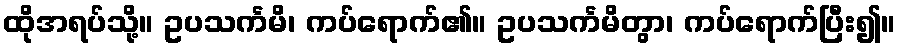
ထိုအရပ်သို့။ ဥပသင်္ကမိ၊ ကပ်ရောက်၏။ ဥပသင်္ကမိတွာ၊ ကပ်ရောက်ပြီး၍။